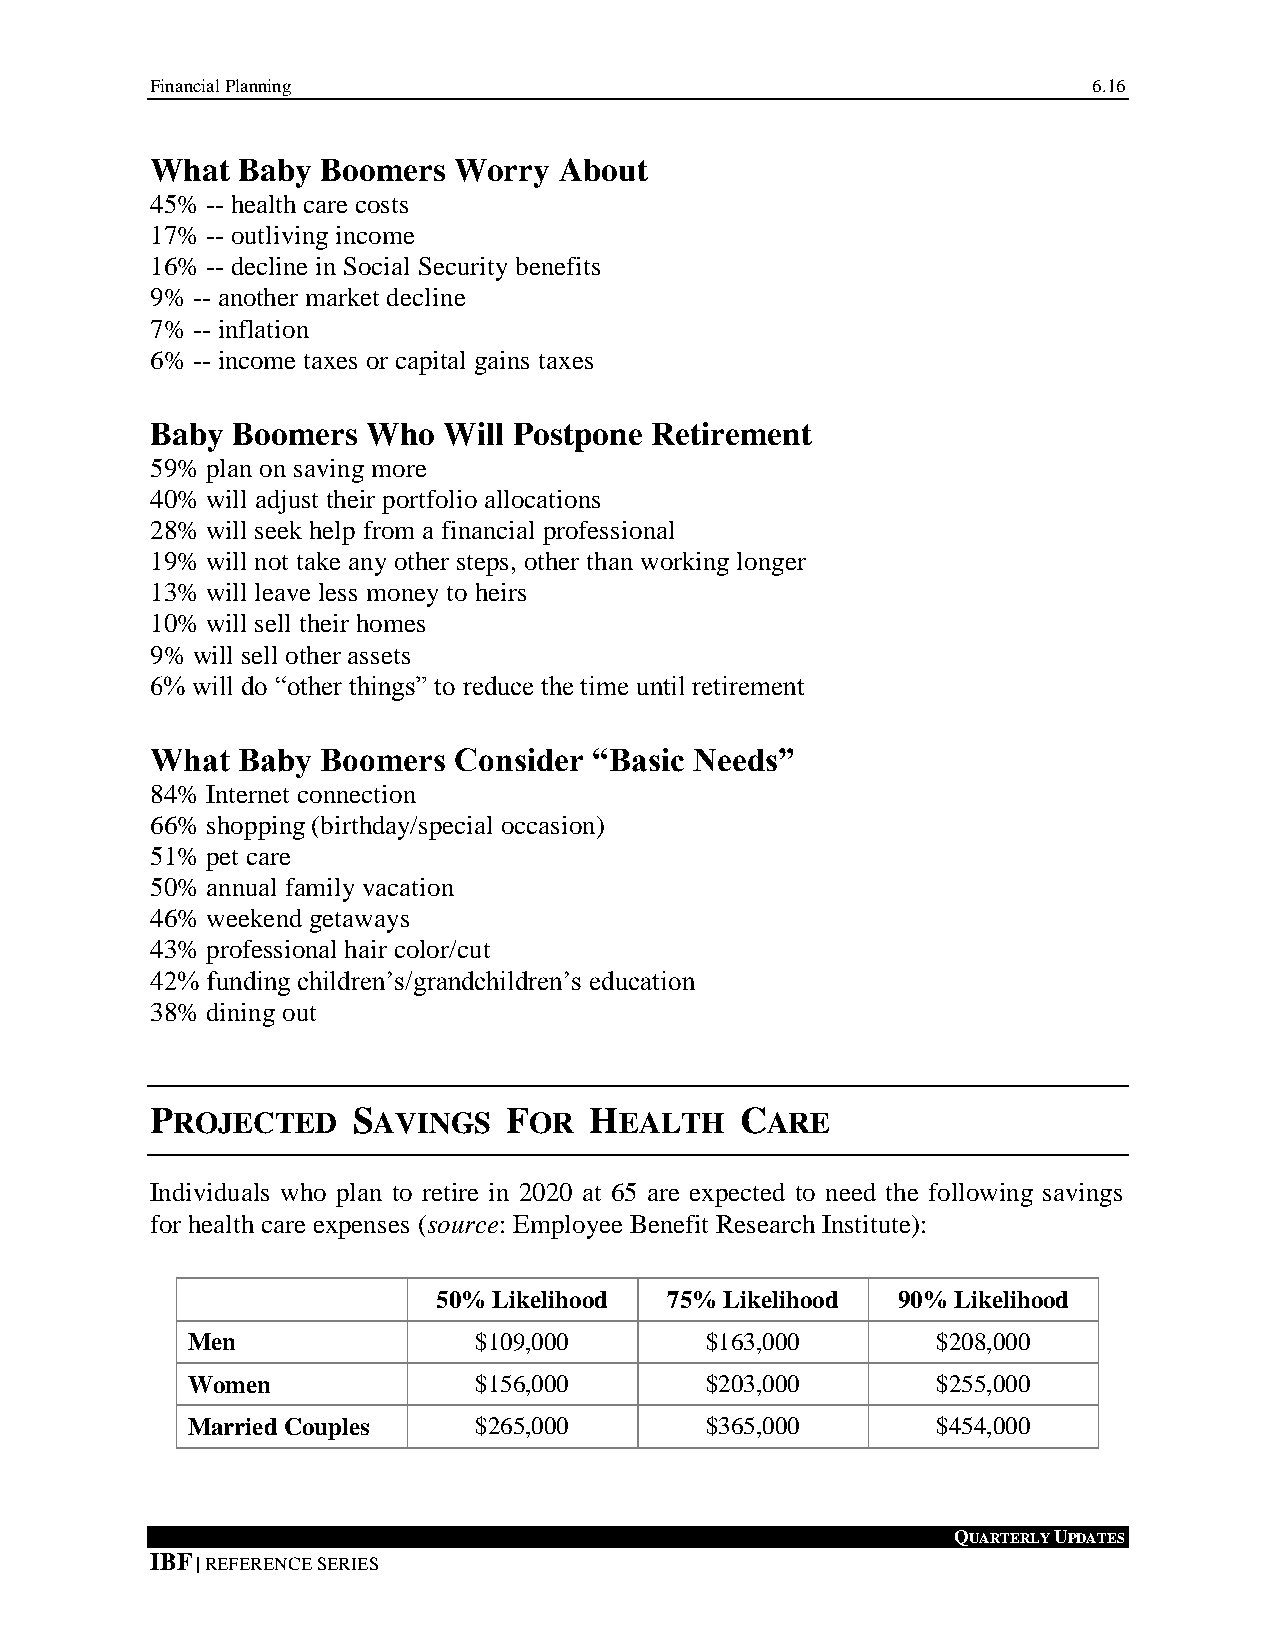
Financial Planning                                            6.16
 What  Baby Boomers  Worry  About
 45% -- health care costs
 17% -- outliving income
 16% -- decline in Social Security benefits
 9% -- another market decline
 7% -- inflation
 6% -- income taxes or capital gains taxes
 Baby Boomers  Who  Will Postpone Retirement
 59% plan on saving more
 40% will adjust their portfolio allocations
 28% will seek help from a financial professional
 19% will not take any other steps, other than working longer
 13% will leave less money to heirs
 10% will sell their homes
 9% will sell other assets
 6% will do “other things” to reduce the time until retirement
 What  Baby Boomers  Consider “Basic Needs”
 84% Internet connection
 66% shopping (birthday/special occasion)
 51% pet care
 50% annual family vacation
 46% weekend getaways
 43% professional hair color/cut
 42% funding children’s/grandchildren’s education
 38% dining out
 PROJECTED    SAVINGS   FOR   HEALTH    CARE
 Individuals who plan to retire in 2020 at 65 are expected to need the following savings
 for health care expenses (source: Employee Benefit Research Institute):
 50% Likelihood 75% Likelihood 90% Likelihood
 Men                $109,000        $163,000       $208,000
 Women              $156,000        $203,000       $255,000
 Married Couples    $265,000        $365,000       $454,000
 QUARTERLY UPDATES
 IBF | REFERENCE SERIES